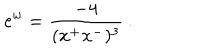
LaTeX: \mathrm { e } ^ { w } = { \frac { - 4 } { ( x ^ { + } x ^ { - } ) ^ { 3 } } } \ .